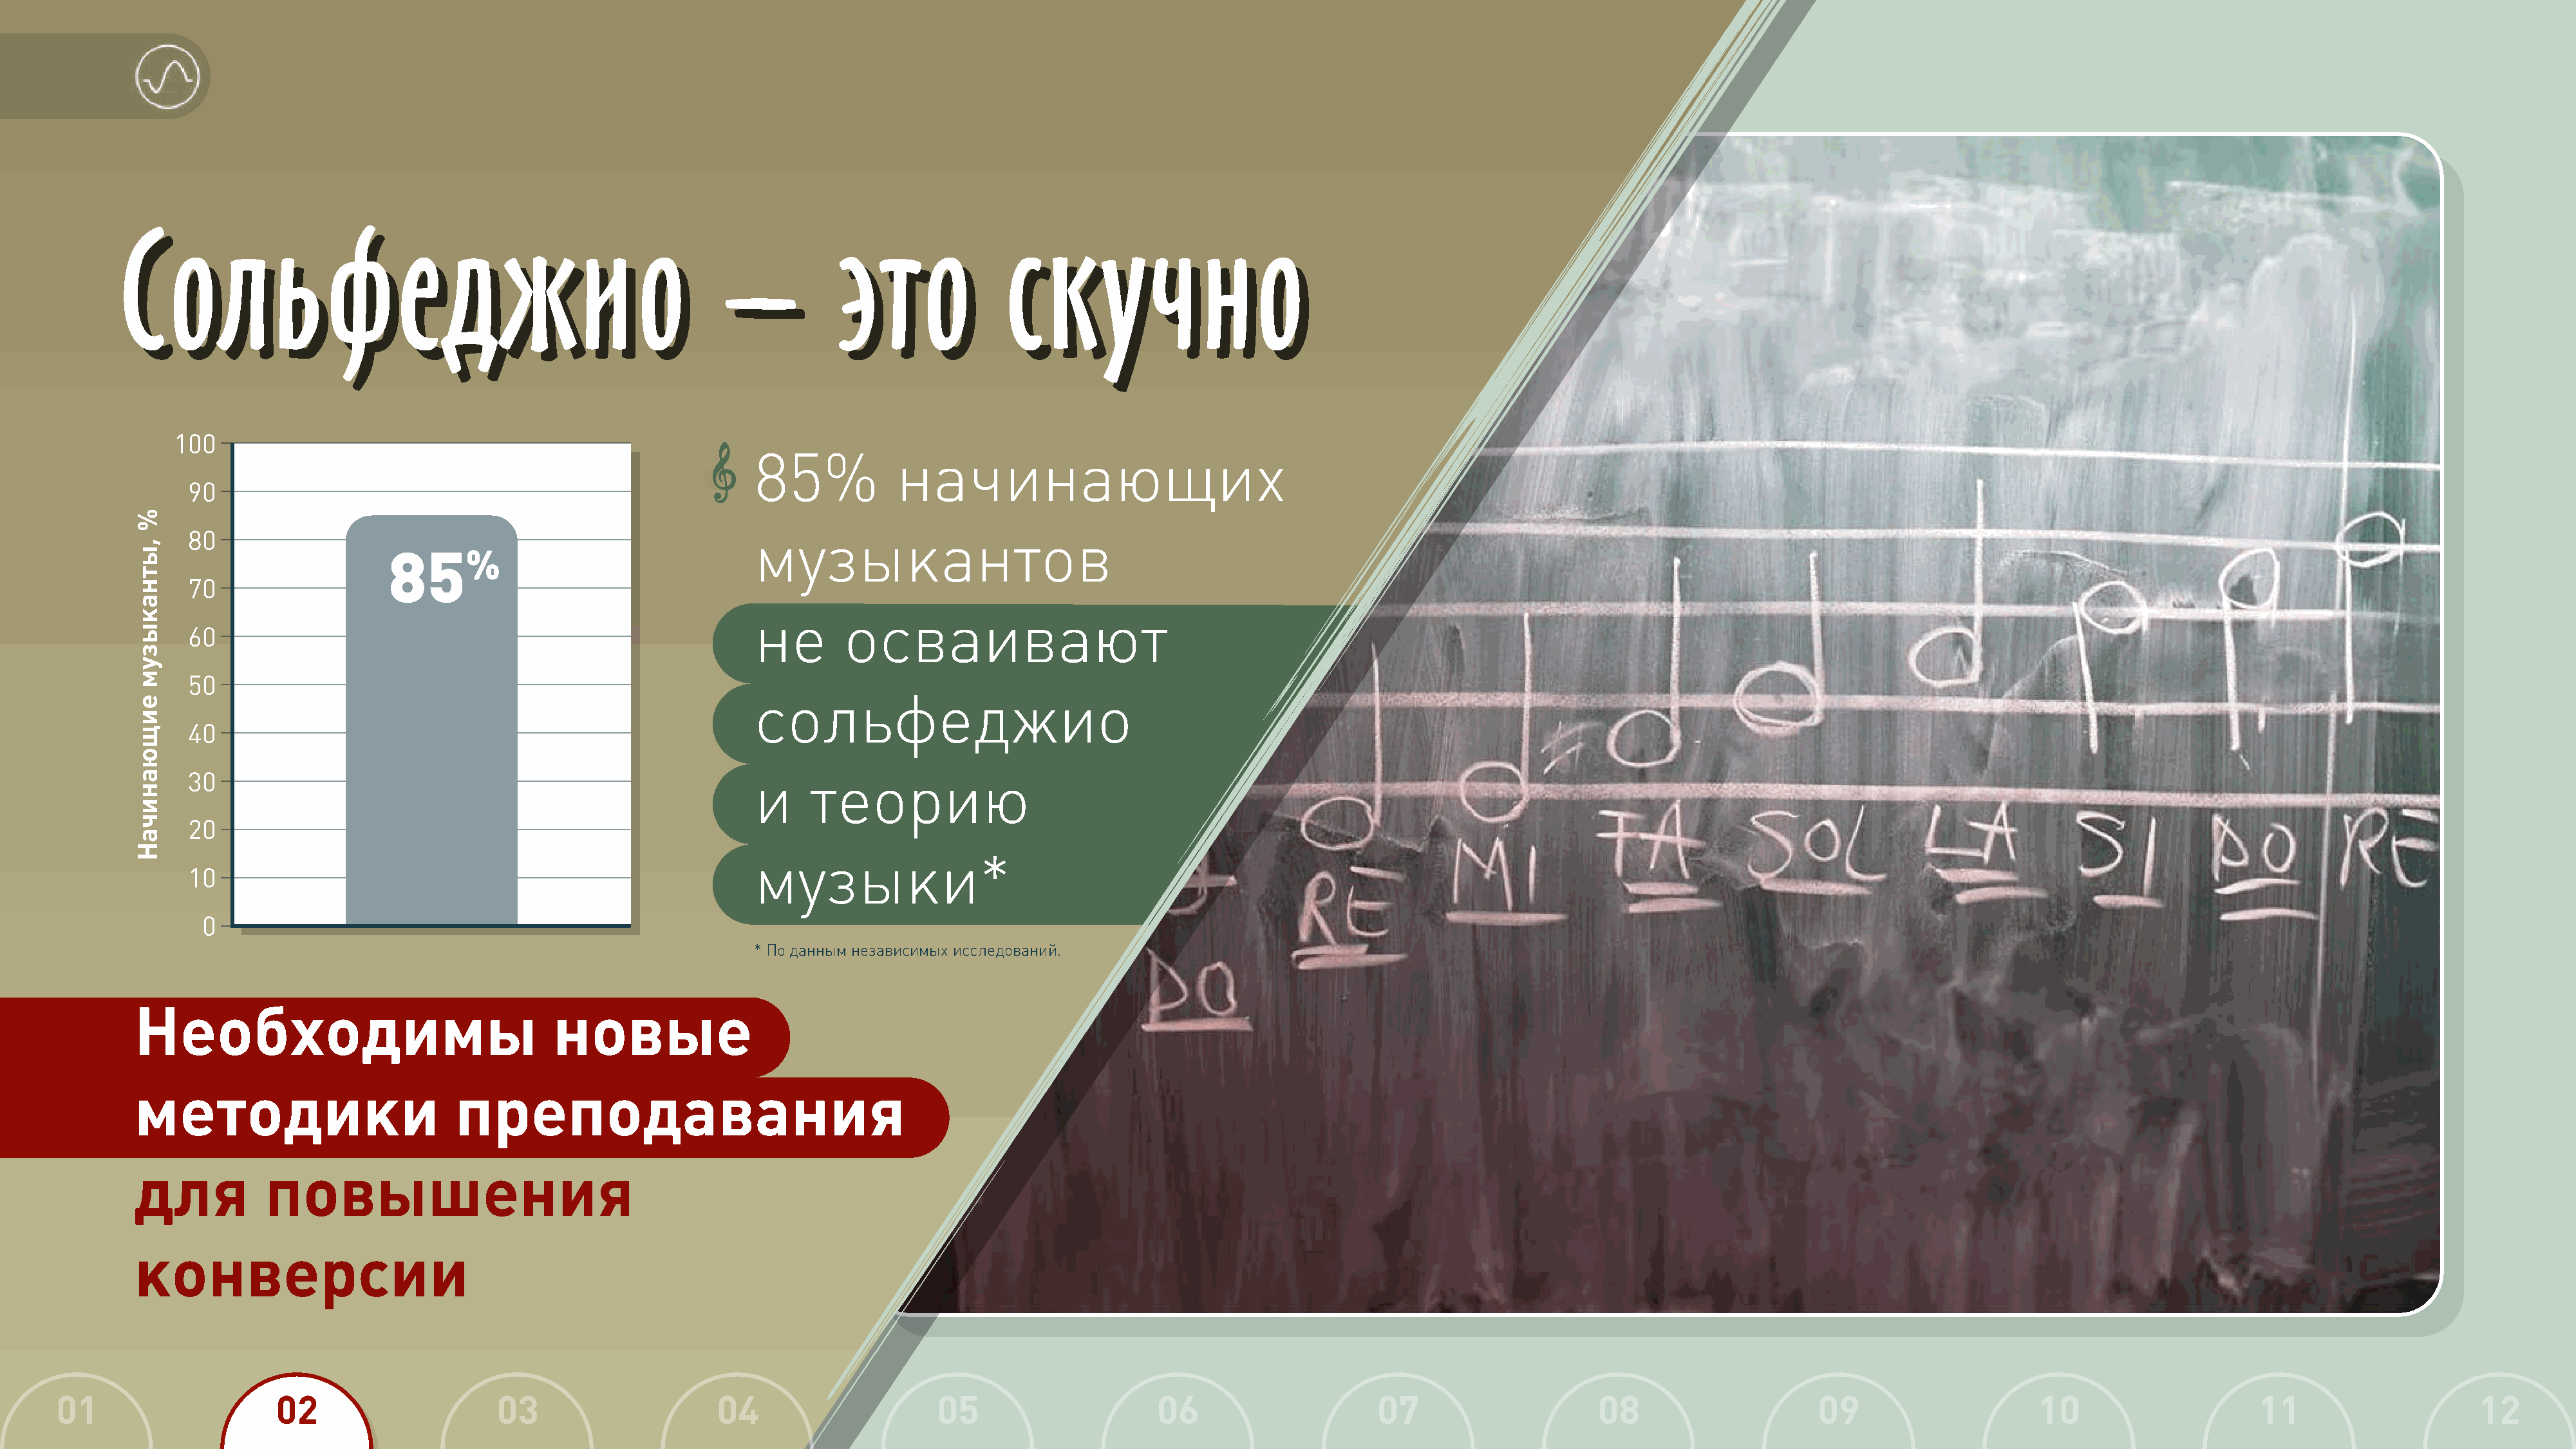
С    о     льфед                        жио                   –           эт       о       скуч                 н    о
 С    ольфед                             жио                   –           эт       о       скуч                н     о
 100
 •     85%           начинающих
 90
 80                                                         музыкантов
 85%
 70
 не       осваивают
 60
 50
 сольфеджио
 40
 30                                                         и    теорию
 20
 музыки*
 10
 0
 * По данным независимых исследований.
 Необходимы                                 новые
 методики                         преподавания
 для          повышения
 конверсии
 01                    02                     03                     04                    05                     06                     07                    08                     09                     10                    11                     12
 %
 ,ытнакызум
 еищюаничаН